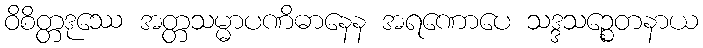
ဝိစိတ္တဒုဿေ အတ္တသမ္မာပဏိဓာနေန အရဏောပေ သဒ္ဒသဉ္စေတနာယ